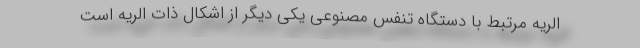
الریه مرتبط با دستگاه تنفس مصنوعی یکی دیگر از اشکال ذات الریه است